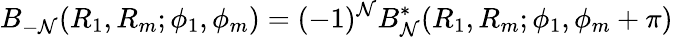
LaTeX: B_{-\mathcal{N}}(R_{1},R_{m};\phi_{1},\phi_{m})=(-1)^{\mathcal{N}}B_{\mathcal{N}}^{\mathrm{{*}}}(R_{1},R_{m};\phi_{1},\phi_{m}+\pi)